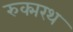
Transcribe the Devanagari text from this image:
रुक्मरथ